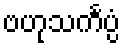
ဗဟုသင်္ကပ္ပံ